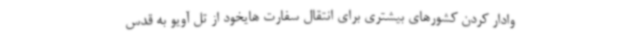
وادار کردن کشورهای بیشتری برای انتقال سفارت هایخود از تل آویو به قدس